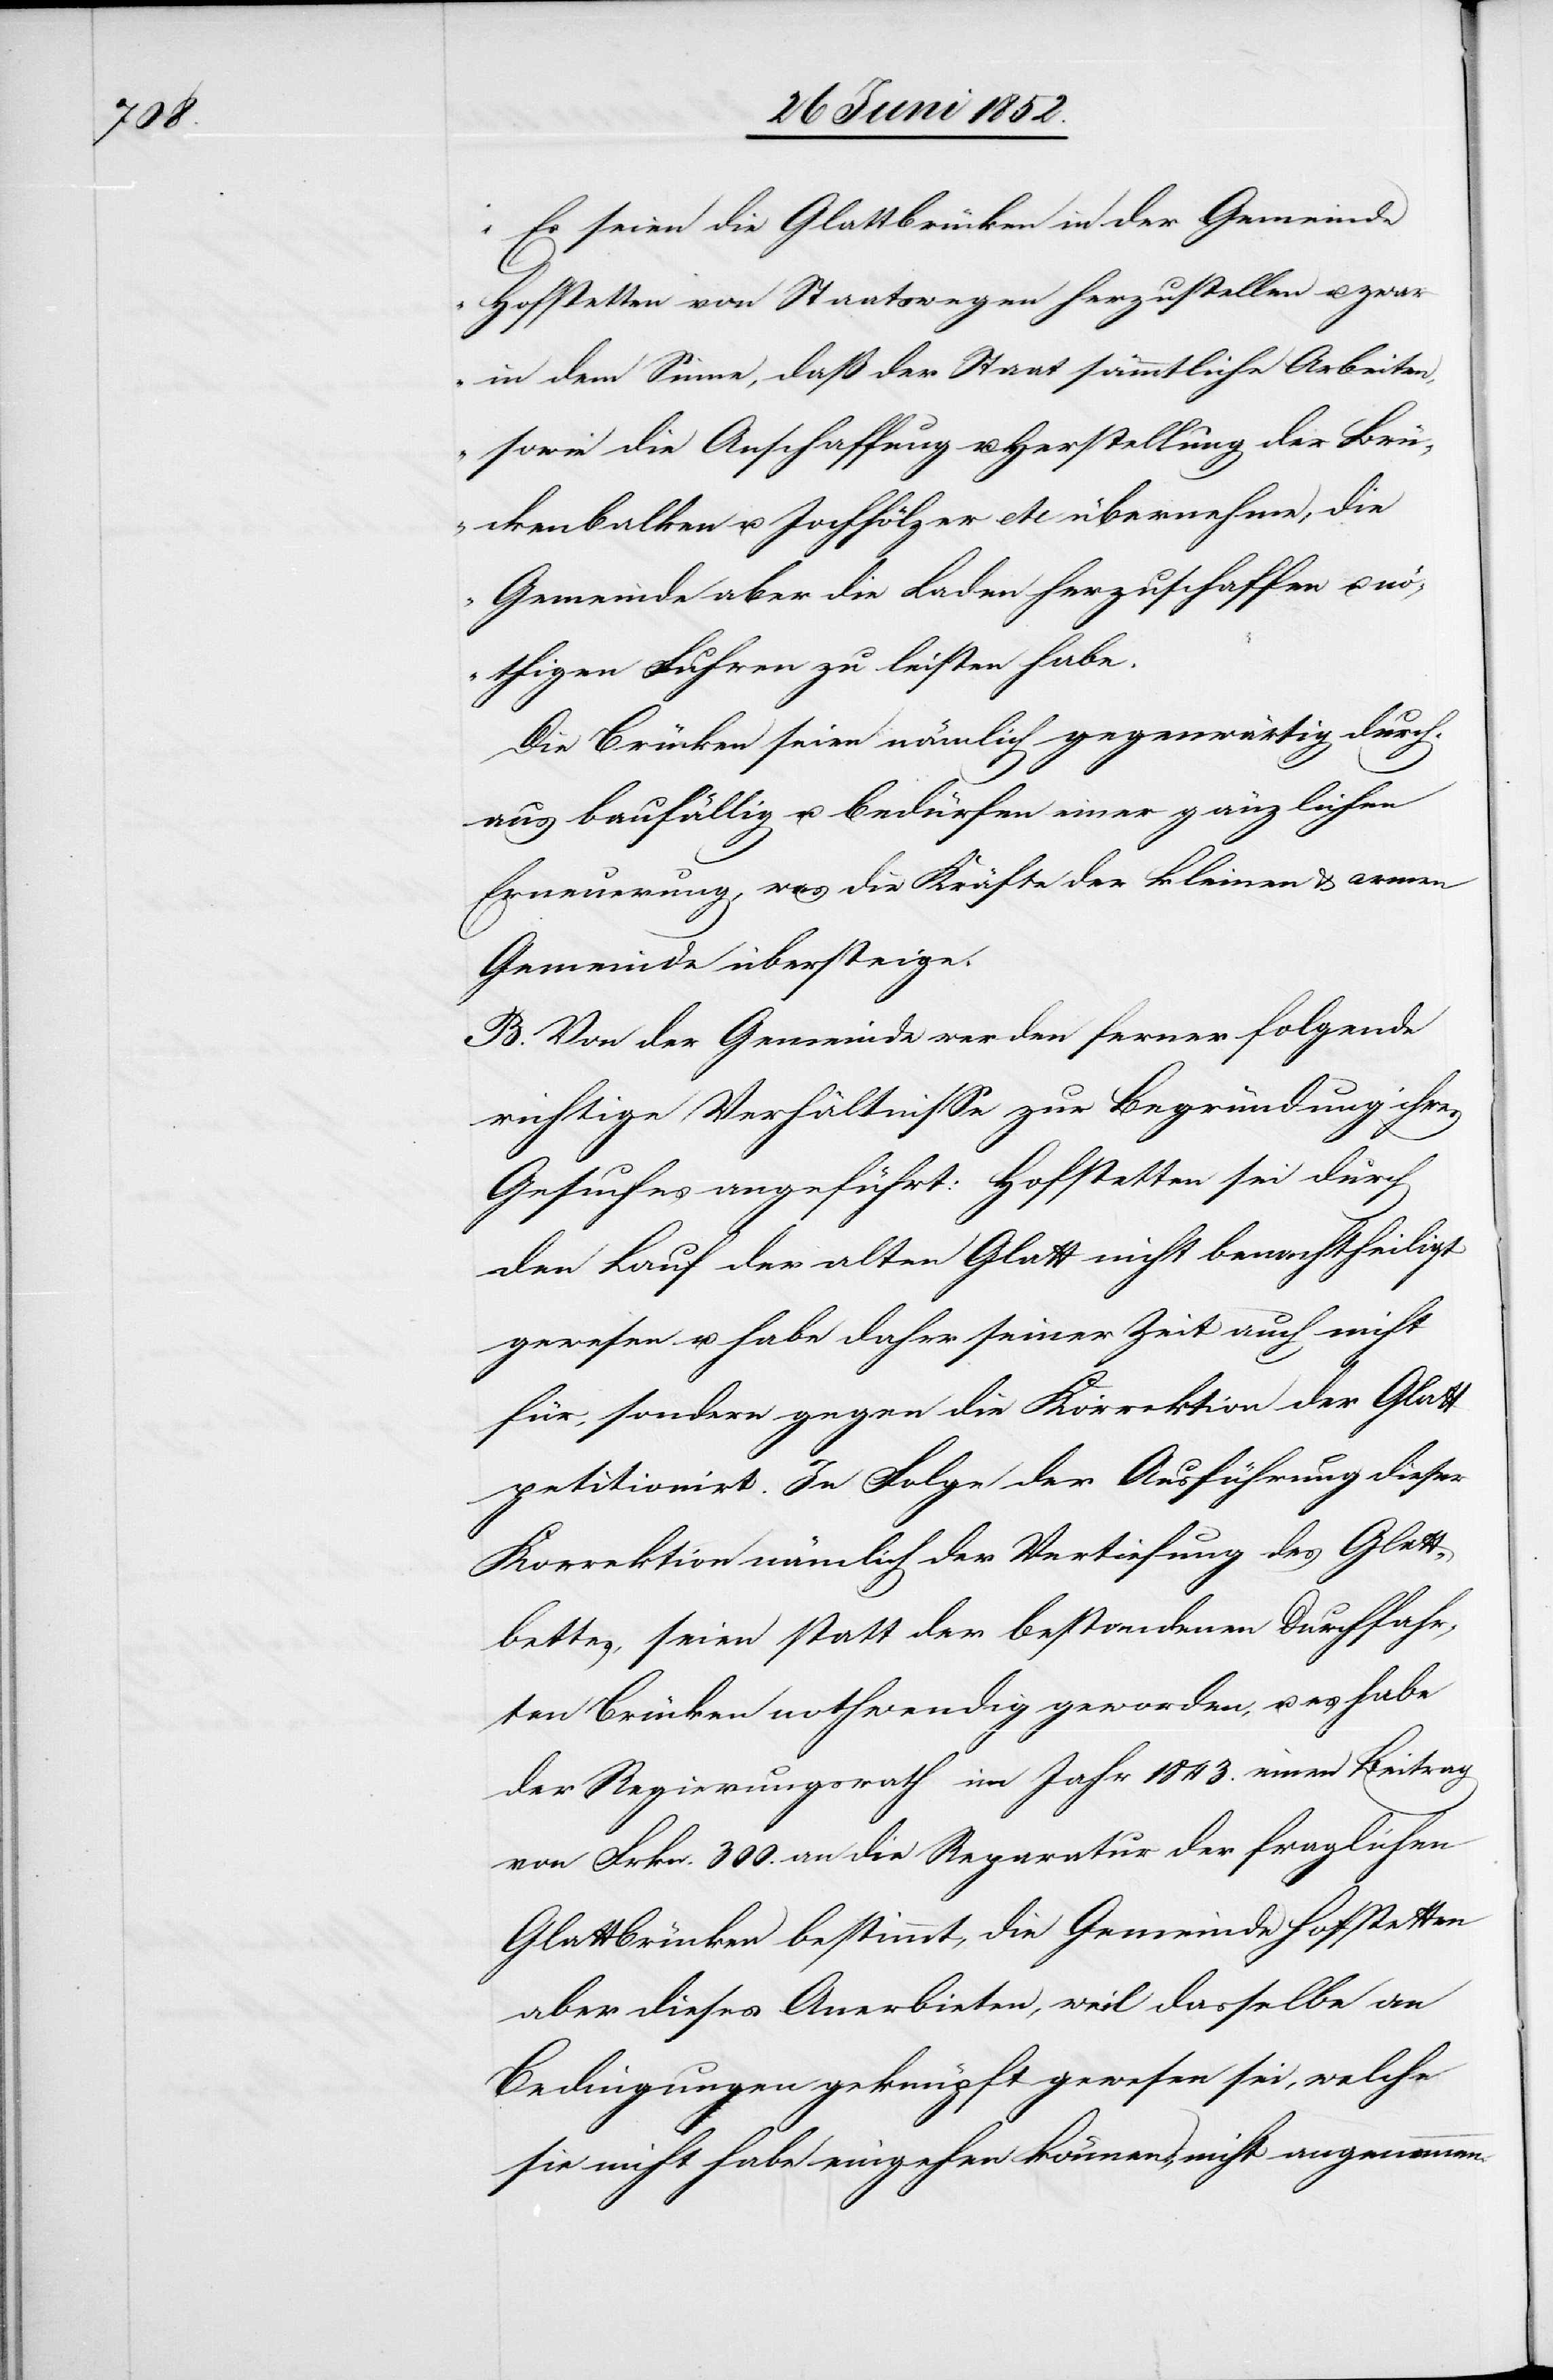
„Es seien die Glattbrücken in der Gemeinde
Hofstetten von Staatswegen herzustellen u. zwar
in dem Sinne, daß der Staat sämmtliche Arbeiten,
sowie die Anschaffung u. Herstellung der Brü¬
ckenbalken u. Jochhölzer etc übernehme, die
Gemeinde aber die Laden herzuschaffen u.
nöthigen Fuhren zu leisten habe.“
Die Brücken seien nämlich gegenwärtig durch¬
aus baufällig u. bedürfen einer gänzlichen
Erneuerung, was die Kräfte der kleinen & armen
Gemeinde übersteige.
B. Von der Gemeinde werden ferner folgende
richtige Verhältnisse zur Begründung ihres
Gesuches angeführt: Hofstetten sei durch
den Lauf der alten Glatt nicht benachtheiligt
gewesen u. habe daher seiner Zeit auch nicht
für, sondern gegen die Korrektion der Glatt
petitionirt. In Folge der Ausführung dieser
Korrektion nämlich der Vertiefung des Glatt¬
bettes, seien statt der bestandenen Durchfahr¬
ten Brücken nothwendig geworden, u. es habe
der Regierungsrath im Jahr 1843. einen Beitrag
von Frkn. 300. an die Reparatur der fraglichen
Glattbrücken bestimmt, die Gemeinde Hofstetten
aber dieses Anerbieten, weil dasselbe an
Bedingugnen geknüpft gewesen sei, welche
sie nicht habe eingehen können, nicht angenommen.